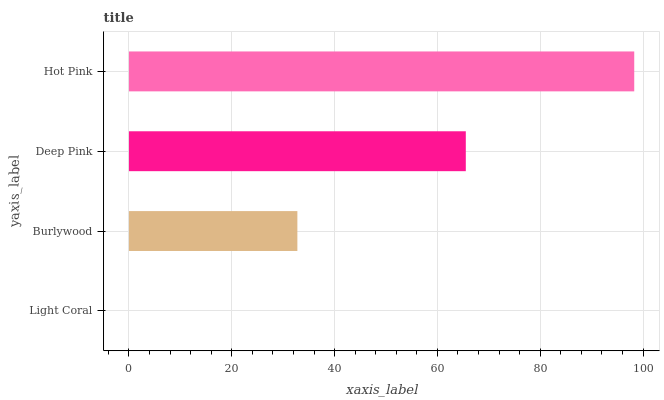
| yaxis_label | bars |
 | --- | --- |
 | Light Coral | 0 |
 | Burlywood | 32.8 |
 | Deep Pink | 65.5 |
 | Hot Pink | 98.3 |